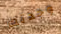
وجدتك